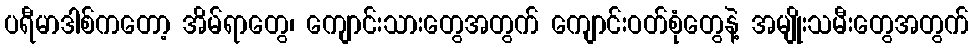
ပရီမာဒါစ်ကတော့ အိမ်ရာတွေ၊ ကျောင်းသားတွေအတွက် ကျောင်းဝတ်စုံတွေနဲ့ အမျိုးသမီးတွေအတွက်